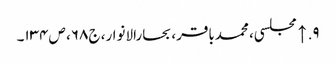
۹. ↑ مجلسی، محمدباقر، بحارالانوار، ج۶۸، ص۱۳۴۔